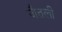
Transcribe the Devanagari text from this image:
जैतली